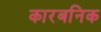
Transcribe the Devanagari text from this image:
कारबनिक